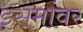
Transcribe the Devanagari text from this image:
इसमांवर